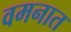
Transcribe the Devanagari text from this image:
वमनात